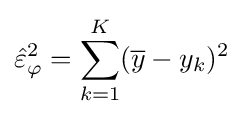
{\hat {\varepsilon }}_{\varphi }^{2}=\sum _{k=1}^{K}({\overline {y}}-y_{k})^{2}